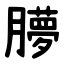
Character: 䑅